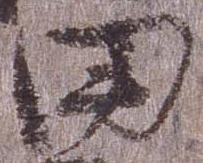
田